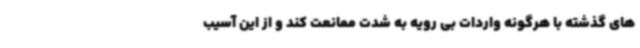
های گذشته با هرگونه واردات بی رویه به شدت ممانعت کند و از این آسیب